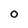
Character: 0